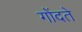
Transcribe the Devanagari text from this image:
गोंदते